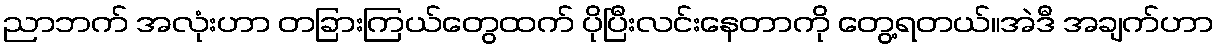
ညာဘက် အလုံးဟာ တခြားကြယ်တွေထက် ပိုပြီးလင်းနေတာကို တွေ့ရတယ်။အဲဒီ အချက်ဟာ